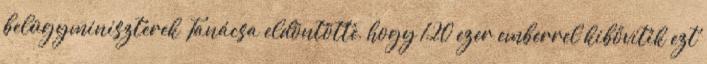
belügyminiszterek Tanácsa eldöntötte, hogy 120 ezer emberrel kibővítik ezt